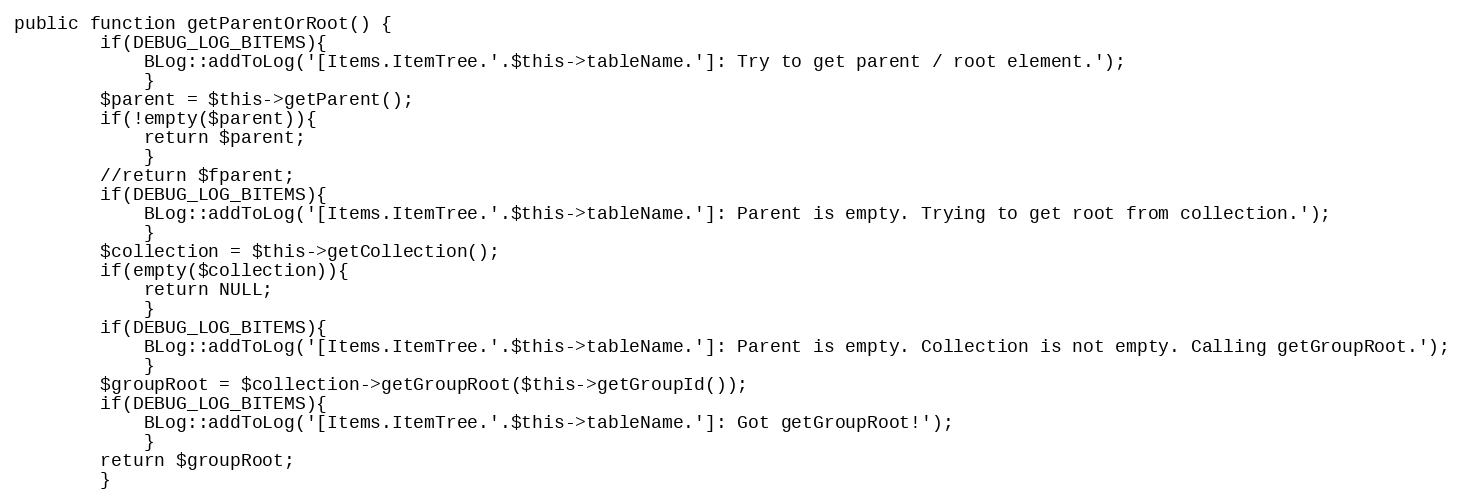
Language: PHP
public function getParentOrRoot() {
		if(DEBUG_LOG_BITEMS){
			BLog::addToLog('[Items.ItemTree.'.$this->tableName.']: Try to get parent / root element.');
			}
		$parent = $this->getParent();
		if(!empty($parent)){
			return $parent;
			}
		//return $fparent;
		if(DEBUG_LOG_BITEMS){
			BLog::addToLog('[Items.ItemTree.'.$this->tableName.']: Parent is empty. Trying to get root from collection.');
			}
		$collection = $this->getCollection();
		if(empty($collection)){
			return NULL;
			}
		if(DEBUG_LOG_BITEMS){
			BLog::addToLog('[Items.ItemTree.'.$this->tableName.']: Parent is empty. Collection is not empty. Calling getGroupRoot.');
			}
		$groupRoot = $collection->getGroupRoot($this->getGroupId());
		if(DEBUG_LOG_BITEMS){
			BLog::addToLog('[Items.ItemTree.'.$this->tableName.']: Got getGroupRoot!');
			}
		return $groupRoot;
		}